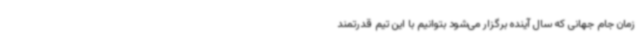
زمان جام جهانی که سال آینده برگزار می‌شود بتوانیم با این تیم قدرتمند